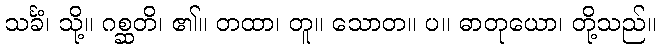
သင်္ခံ၊ သို့။ ဂစ္ဆတိ၊ ၏။ တထာ၊ တူ။ သောတ။ ပ။ ဓာတုယော၊ တို့သည်။